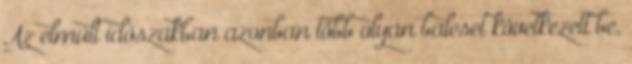
Az elmúlt időszakban azonban több olyan baleset következett be,